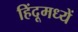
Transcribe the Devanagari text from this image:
हिंदूमध्यें